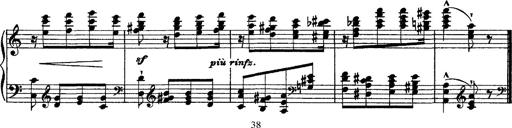
Title: Grandes Ã©tudes de Paganini
Composer: Franz Liszt